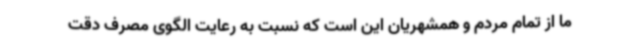
ما از تمام مردم و همشهریان این است که نسبت به رعایت الگوی مصرف دقت